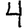
Digit: 4